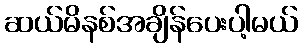
ဆယ်မိနစ်အချိန်ပေးပါ့မယ်